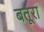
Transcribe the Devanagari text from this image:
बतूरा